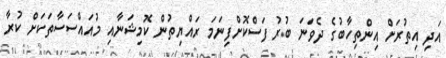
އަދި އިތުރަށް އިންތިހާބުގެ ދެވަނަ ބުރު ފަސްކޮށްފިނަމަ ރައްޔިތުން ކޮމިޝަނާއި މުއައްސަސާތަކަށް ކުރާ